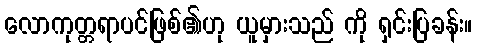
လောကုတ္တရာပင်ဖြစ်၏ဟု ယူမှားသည် ကို ရှင်းပြခန်း။